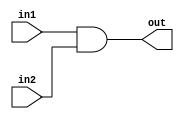
module and8bit(in1,in2,out);

input [7:0] in1,in2;
output [7:0] out;

assign out= in1 & in2 ;

endmodule